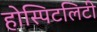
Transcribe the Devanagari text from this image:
होस्पिटलिटी